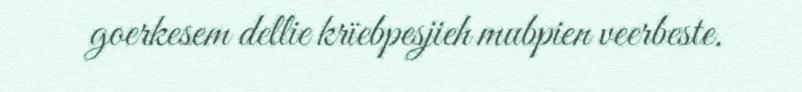
goerkesem dellie krïebpesjieh mubpien veerbeste.